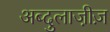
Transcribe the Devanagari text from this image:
अब्दुलाजी़ज़